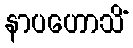
နာပဟောသိံ